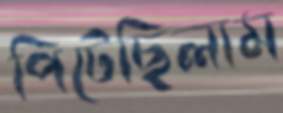
পিটেছিলাম